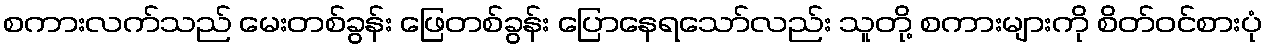
စကားလက်သည် မေးတစ်ခွန်း ဖြေတစ်ခွန်း ပြောနေရသော်လည်း သူတို့ စကားများကို စိတ်ဝင်စားပုံ